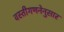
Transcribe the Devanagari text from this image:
वस्तीगणनेनुसार